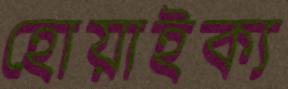
হোয়াইক্য